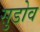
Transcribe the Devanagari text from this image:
सुडोव